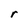
Character: r